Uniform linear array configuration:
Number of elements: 32
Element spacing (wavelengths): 0.5
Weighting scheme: uniform
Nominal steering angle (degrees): -45
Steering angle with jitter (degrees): -44.039
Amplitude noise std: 0.05
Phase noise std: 0.05

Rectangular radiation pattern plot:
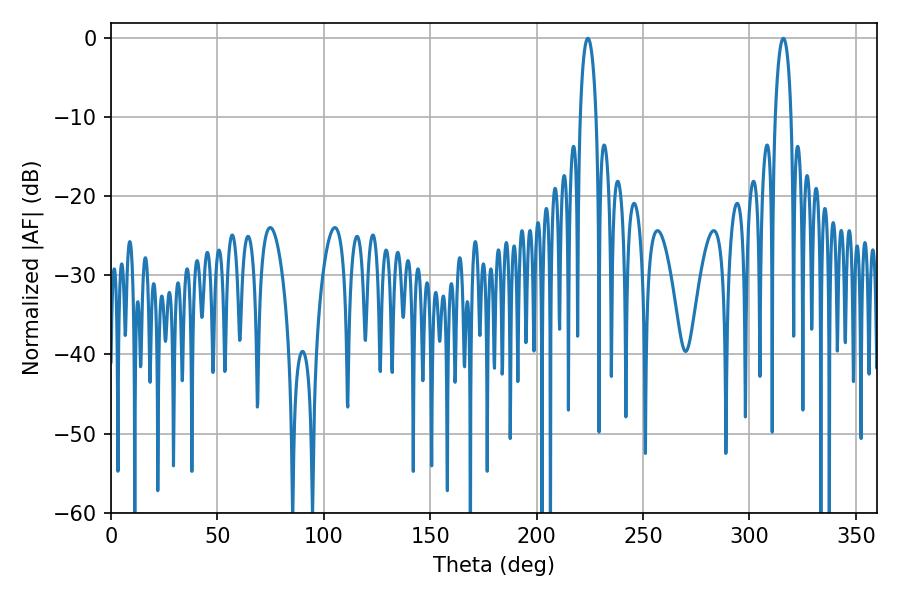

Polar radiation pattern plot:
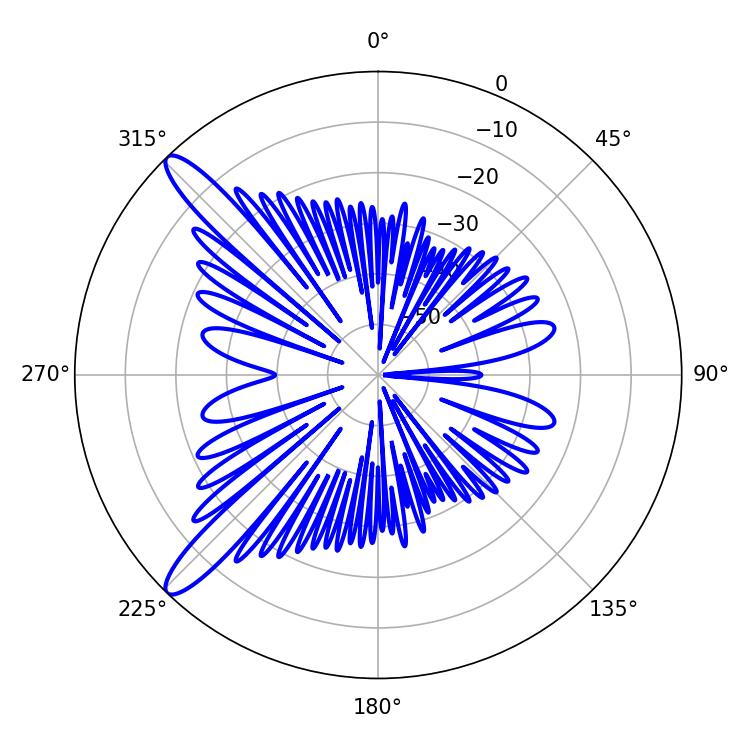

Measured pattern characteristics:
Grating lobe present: FALSE
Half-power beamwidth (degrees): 4.32
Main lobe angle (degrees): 224.1